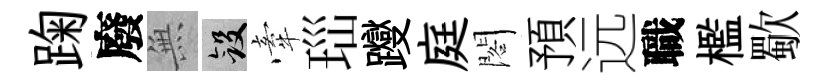
踘廢𭴾斂牽𤤼躞庭閣預远職檻歜